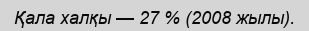
Қала халқы — 27 % (2008 жылы).